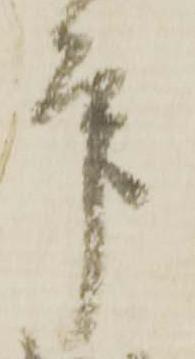
本